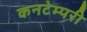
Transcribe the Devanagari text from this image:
कनटेम्परी